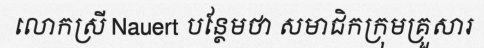
លោកស្រី Nauert បន្ថែមថា សមាជិកក្រុមគ្រួសារ